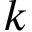
\v { k }